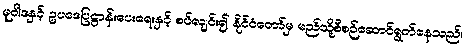
မူဝါဒနှင့် ဥပဒေပြဋ္ဌာန်းပေးရေးနှင့် စပ်လျင်း၍ နိုင်ငံတော်မှ မည်သို့စီစဉ်ဆောင်ရွက်နေသည်၊